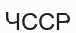
ЧССР